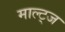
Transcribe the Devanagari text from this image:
माल्ट्ज